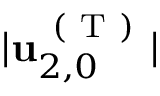
\vert \mathbf { u } _ { 2 , 0 } ^ { \mathrm { ~ ( ~ T ~ ) ~ } } \vert